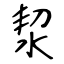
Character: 洯